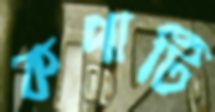
কপাটি